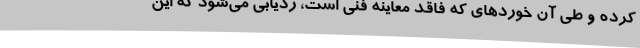
کرده و طی آن خوردهای که فاقد معاینه فنی است، ردیابی می‌شود که این